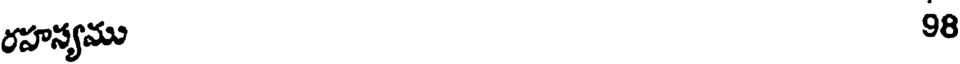
రహస్యము 98